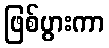
ဖြစ်ပွားကာ